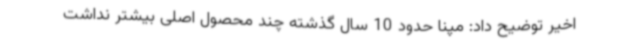
اخیر توضیح داد: مپنا حدود 10 سال گذشته چند محصول اصلی بیشتر نداشت